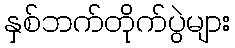
နှစ်ဘက်တိုက်ပွဲများ